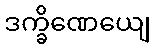
ဒက္ခိဏေယျေ